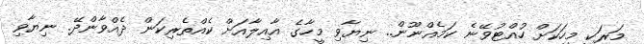
މަރަކީ މީހަކަށް ހުއްޓުވޭނެ ކަމެއްނޫން.. ނިޔާވި މީހާގެ އާއިލާއަށް ކެއްތެރިކަން ދެއްވާންދޭ. ނިޔާވި